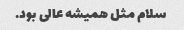
سلام مثل همیشه عالی بود.